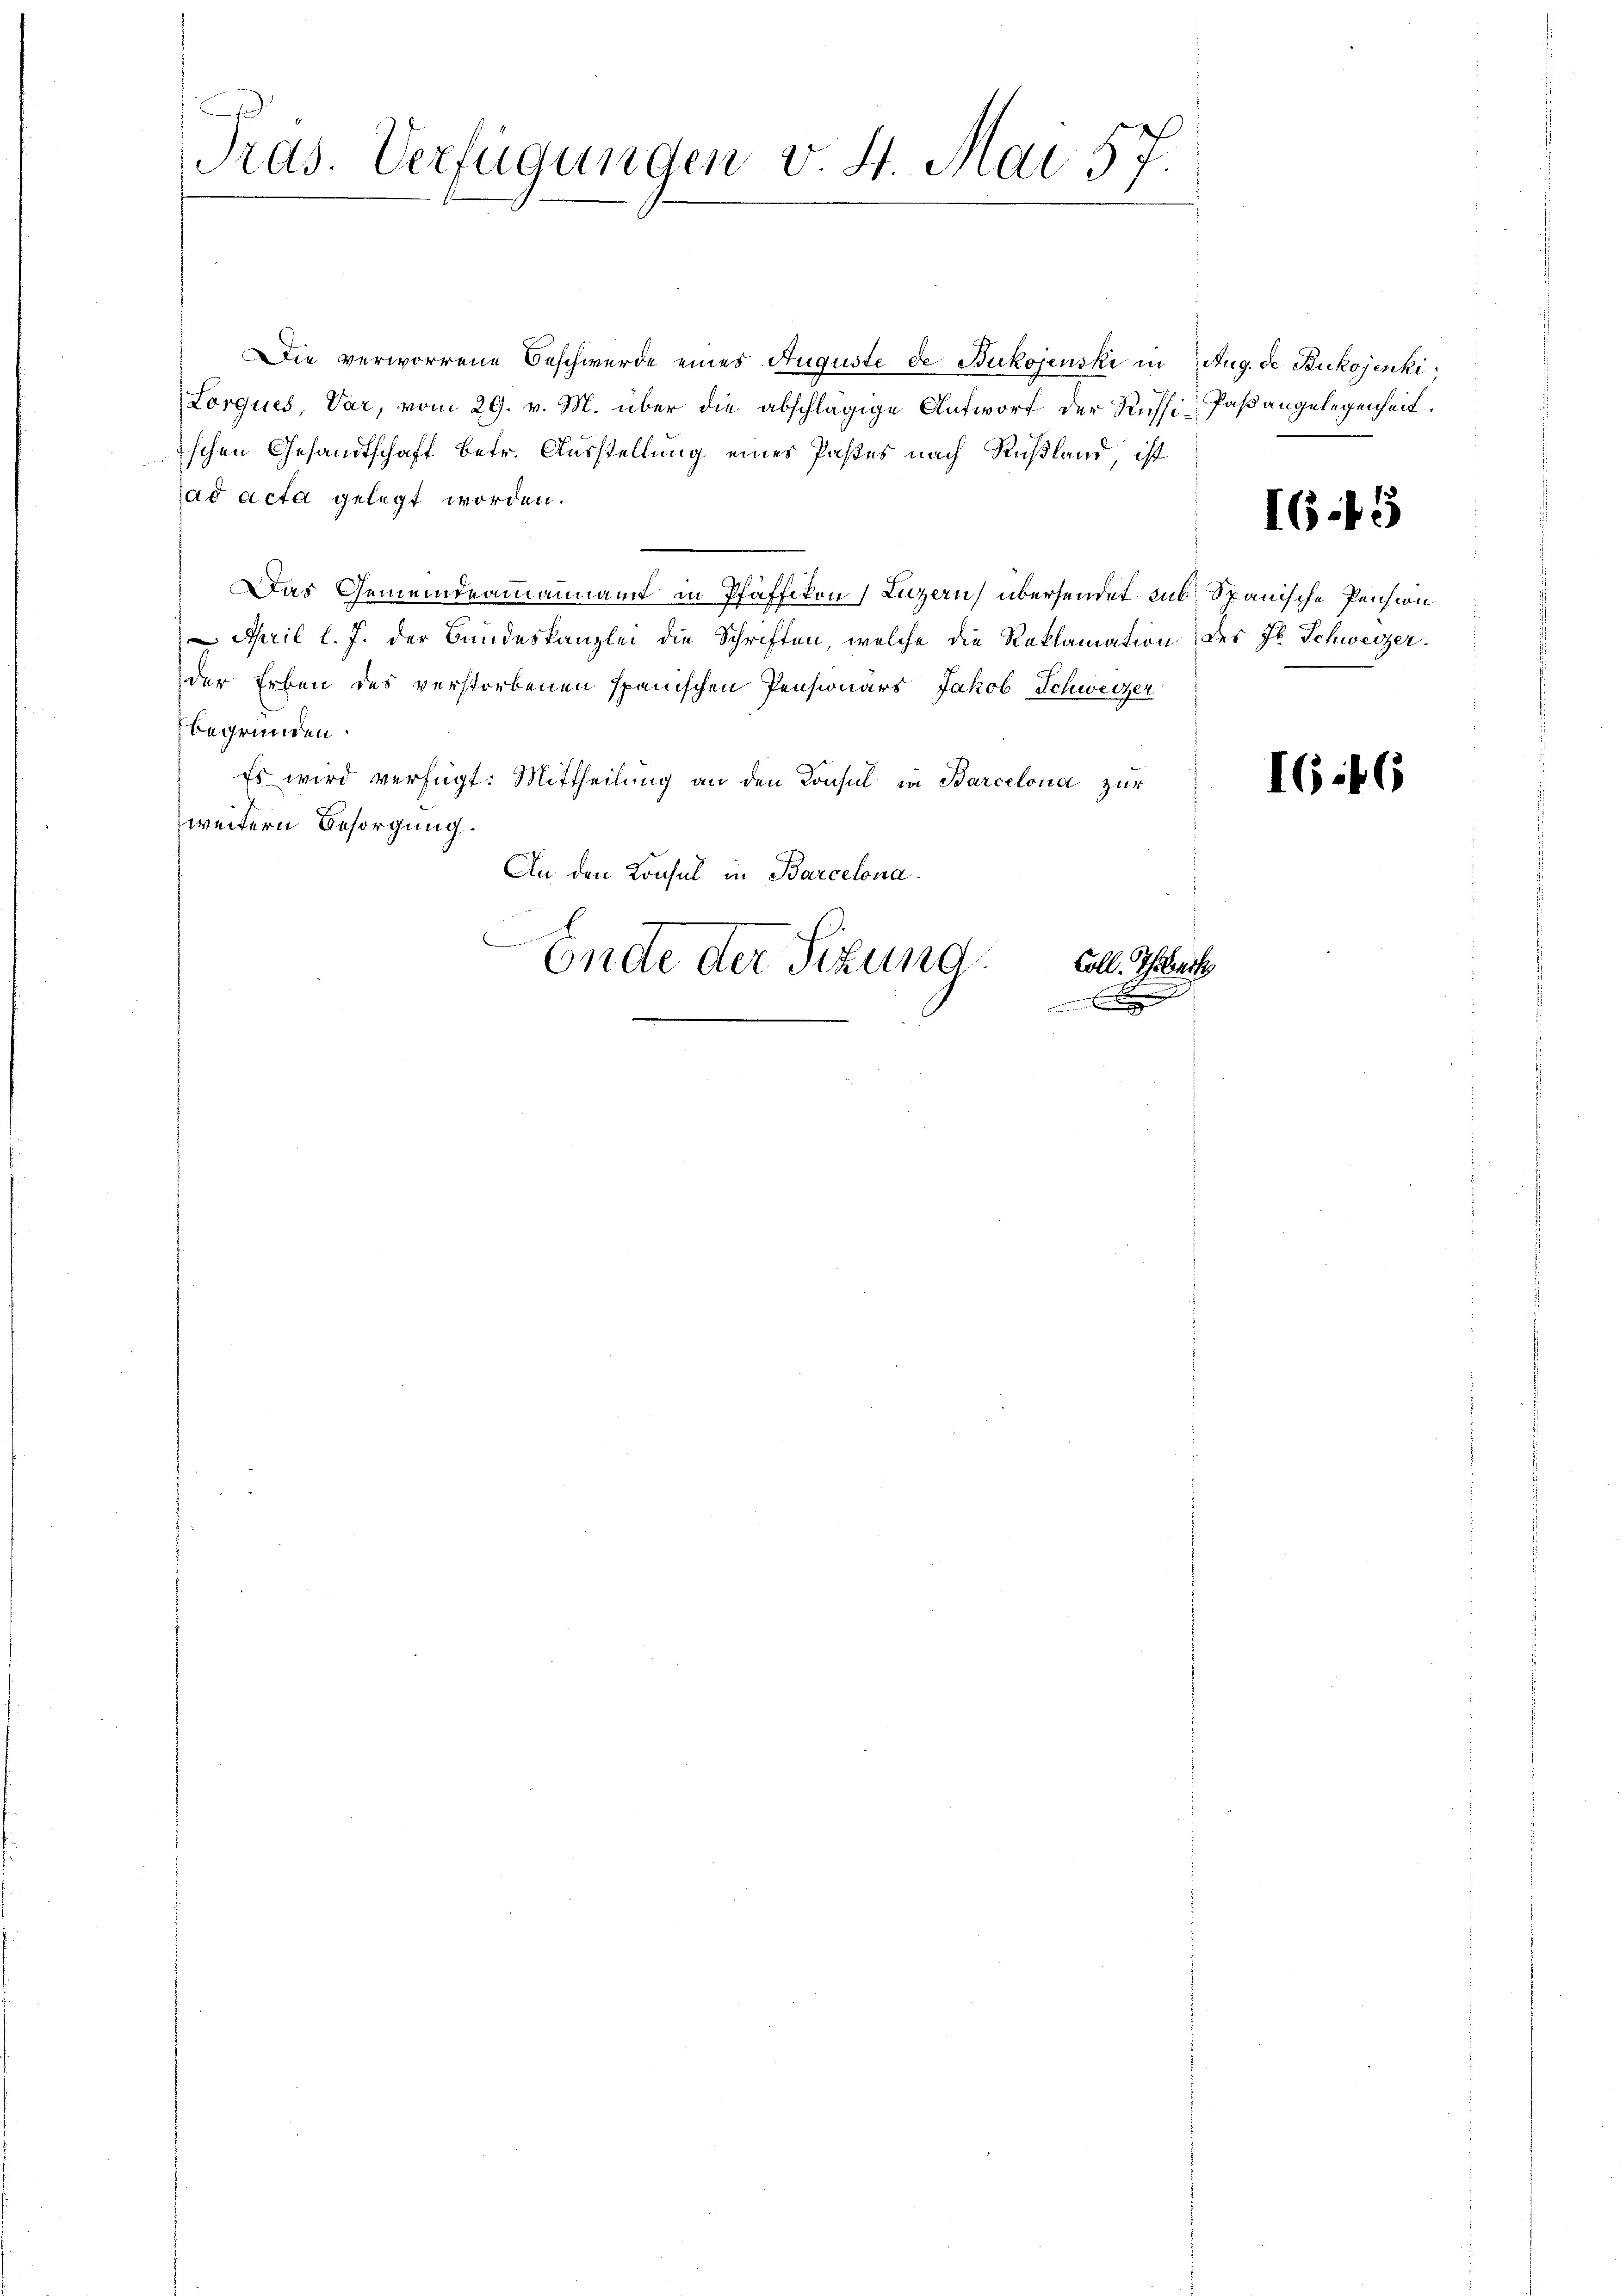
Tras. Verfügungen v. 4. Mai 57.

Die verworrene Beschwerde eines Auguste de Bukojenski in Aug. de Bukojenki,
Lorques, Var, vom 29. v. M. über die abschlägige Antwort der Russi-Paßangelegenheit.
ischen Gesandtschaft betr. Ausstellung eines Paßes nach Rußland, ist
ad acta gelegt worden.
Das Gemeindeammannam in Pfäffikon, Luzern übersendet sub. Spanische Pension
 April l. J. der Bundeskanzlei die Schriften, welche die Reklamation des Jb. Schweizer.
der Erben des verstorbenen spanischen Pensionärs Jakob Schweizer
begründen.
Es wird verfügt: Mittheilung an den Konsul in Barcelona zur
weitern Besorgung.
An den Konsul in Barcelona.
Coll. Ehebrach
Endte der Sizung

I.45

I646